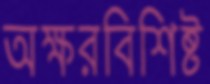
অক্ষরবিশিষ্ট